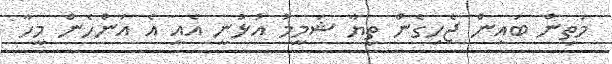
މަތިން ބައިން ޖެހިގެން ތިޔާ ޝަމީމު އުޅުނީ އެއީ އެ އަންހެން މީހާ